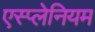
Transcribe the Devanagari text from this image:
एस्प्लेनियम